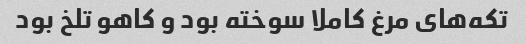
تکه‌های مرغ کاملا سوخته بود و کاهو تلخ بود